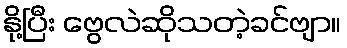
နို့ပြီး ဗွေလဲဆိုသတဲ့ခင်ဗျာ။